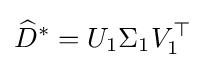
{\widehat {D}}^{*}=U_{1}\Sigma _{1}V_{1}^{\top }